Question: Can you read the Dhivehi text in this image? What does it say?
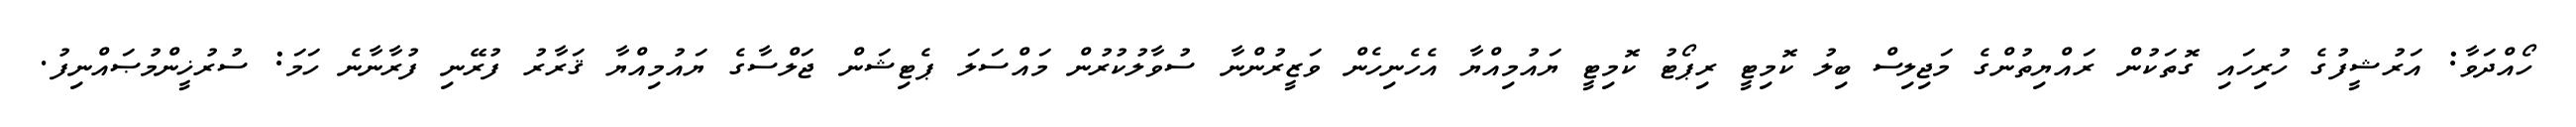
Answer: ހޯއްދަވާ: އަރުޝީފުގެ ހުރިހައި ގޮތަކުން ރައްޔިތުންގެ މަޖިލިސް ބިލު ކޮމިޓީ ރިޕޯޓު ކޮމިޓީ ޔައުމިއްޔާ އެހެނިހެން ވަޒީރުންނާ ސުވާލުކުރުން މައްސަލަ ޕެޓިޝަން ޖަލްސާގެ ޔައުމިއްޔާ ޤަރާރު ފުރޭނި ފުރާނާނެ ހަމަ: ސުރުޚީންމުޞައްނިފު.